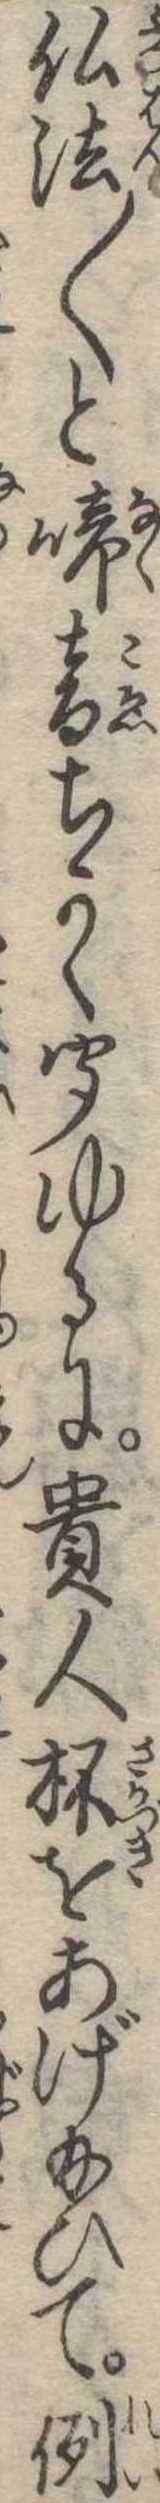
仏法〱と啼音ちかく聞ゆるに貴人杯をあげ給ひて例